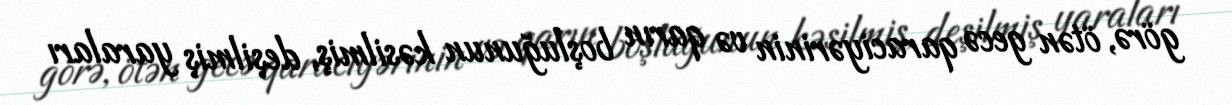
görə, ötən gecə qaraciyərinin və qarın boşluğunun kəsilmiş, deşilmiş yaraları